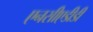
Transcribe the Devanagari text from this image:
एनसीएडीडी